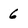
Character: 6